Lunatic asylums Central Provinces reports 1910-1926 - 1910-1926
Year: 1910
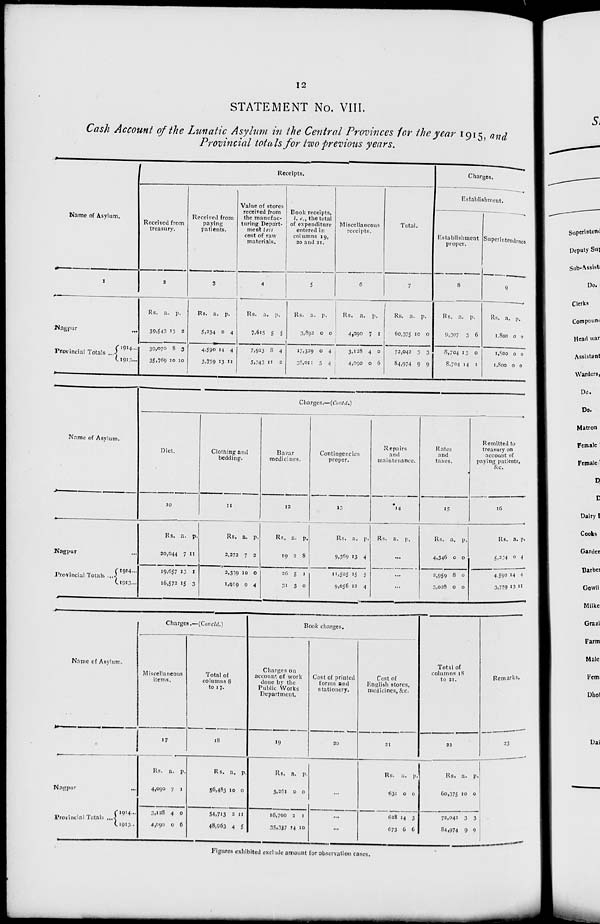
12
STATEMENT No. VIII.
Cash Account of the Lunatic Asylum in the Central Provinces for the year 1915, and
Provincial totals for two previous years.
Name of Asylum.
1
Nagpur
...
Provincial Totals ...
1914 ...
1913 ...
Receipts.
Received from
treasury.
2
Rs.
39,543
39,070
35,769
a.
13
8
10
p.
2
3
10
Received from
paying
patients.
3
Rs.
5,234
4,590
3,759
a.
0
14
13
p.
4
4
11
Value of stores
received from
the manufac-
turing Depart-
ment less
cost of raw
materials.
4
Rs.
7,615
7,923
5,343
a.
5
8
11
p.
5
4
2
Book receipts,
i. e., the total
of expenditure
entered in
columns 19,
20 and 21.
5
Rs.
3,892
17,329
36,011
a.
0
0
5
p.
0
4
4
Miscellaneous
receipts.
6
Rs.
4,090
3,128
4,090
a.
7
4
0
p.
1
0
6
Total.
7
Rs.
60,375
72,042
84,974
a.
10
3
9
p.
0
3
9
Charges.
Establishment.
Establishment
proper.
8
Rs.
9,307
8,704
8,704
a.
3
13
14
p.
6
0
1
Superlntendence
9
Rs.
1,800
1,800
1,800
a.
0
0
0
p.
0
0
0
Name of Asylum.
Nagpur ...
Provincial Totals ...
1914 ...
1913 ...
Charges.—(Could.)
Diet.
10
Rs.
20,044
19,657
16,572
a.
7
13
15
p.
11
1
3
Clothing and
bedding.
11
Rs.
2,272
2,339
1,919
a.
7
10
9
p.
2
0
4
Bazar
medicines.
12
Rs.
19
26
31
a.
2
5
3
p.
8
1
0
Contingencies
proper.
13
Rs.
9,369
11,505
9,056
a.
13
15
12
p.
4
5
4
Repairs
and
maintenance.
14
Rs. a.
p.
...
...
...
Rates
and
taxes.
15
Rs.
4,346
2,959
3,028
a.
0
8
0
p.
0
0
0
Remitted to
treasury on
account of
paying patients,
&c.
16
Rs.
5,234
4,590
3,759
a.
0
14
13
p.
4
4
11
Name of Asylum.
Nagpur ...
Provincial Totals ...
1914 ...
1913 ...
Charges.—(Concld.)
Miscellaneous
items.
17
Rs.
4,090
3,128
4,090
a.
7
4
0
p.
1
0
6
Total of
columns 8
to 17.
18
Rs.
56,483
54,713
48,963
a.
10
2
4
p.
0
11
5
Book charges.
Charges on
account of work
done by the
Public Works
Department.
19
Rs.
3,261
16,700
35,337
a.
0
2
14
p.
0
1
10
Cost of printed
forms and
stationery.
20
...
...
...
Cost of
English stores,
medicines, &c.
21
Rs.
631
638
673
a.
0
14
6
p.
0
3
6
Total of
columns 18
to 21.
22
Rs.
60,375
72,042
84,974
a.
10
3
9
p.
0
3
9
Remarks.
23
Figures exhibited exclude amount for observation cases.